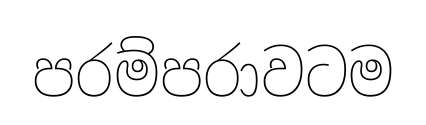
පරම්පරාවටම